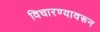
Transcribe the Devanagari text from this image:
विचारण्यावरून